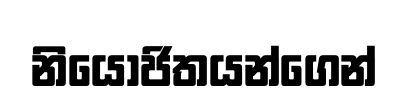
නියෝජිතයන්ගෙන්